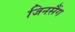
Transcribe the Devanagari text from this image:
जिनसैंग